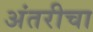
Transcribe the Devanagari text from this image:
अंतरीचा